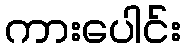
ကားပေါင်း